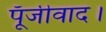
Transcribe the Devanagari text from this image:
पूँजीवाद।